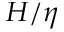
H / \eta